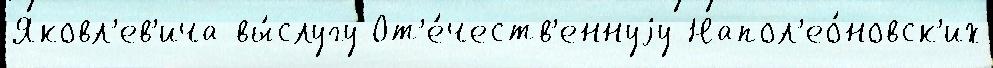
Яковл'ев'ича вы́слугу От'е́честв'еннуjу Напол'ео́новск'их